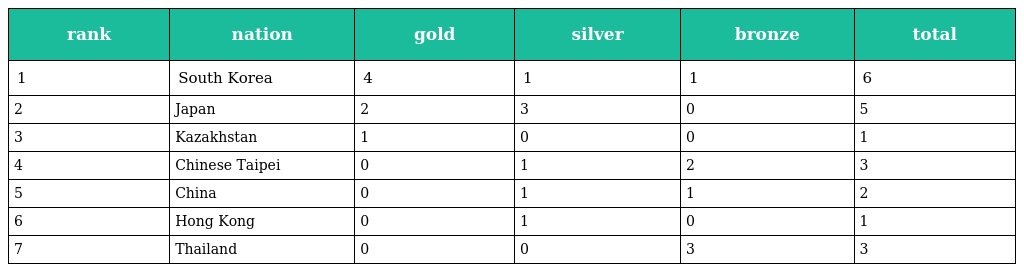
| rank | nation | gold | silver | bronze | total |
 | --- | --- | --- | --- | --- | --- |
 | 1 | South Korea | 4 | 1 | 1 | 6 |
 | 2 | Japan | 2 | 3 | 0 | 5 |
 | 3 | Kazakhstan | 1 | 0 | 0 | 1 |
 | 4 | Chinese Taipei | 0 | 1 | 2 | 3 |
 | 5 | China | 0 | 1 | 1 | 2 |
 | 6 | Hong Kong | 0 | 1 | 0 | 1 |
 | 7 | Thailand | 0 | 0 | 3 | 3 |